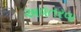
અવતરવા